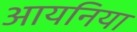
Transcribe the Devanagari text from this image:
आयनिया